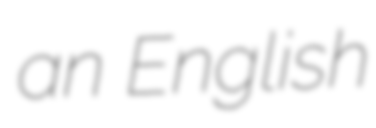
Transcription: an English